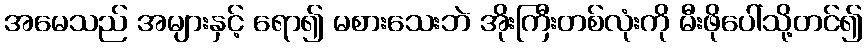
အမေသည် အများနှင့် ရော၍ မစားသေးဘဲ အိုးကြီးတစ်လုံးကို မီးဖိုပေါ်သို့တင်၍